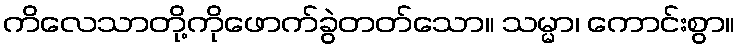
ကိလေသာတို့ကိုဖောက်ခွဲတတ်သော။ သမ္မာ၊ ကောင်းစွာ။